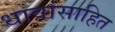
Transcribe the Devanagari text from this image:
धावांसाहित